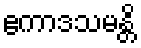
ဧကာဒသမန္တိ